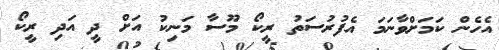
އެހެން ކަމަށްވާނަމަ އެފުރުސަތު ރީކޯ މޫސާ މަނިކު އަށް ދީ އަދި ރީކޯ